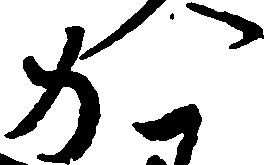
か